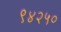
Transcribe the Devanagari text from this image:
९४२५०